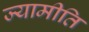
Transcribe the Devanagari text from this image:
ज्यामीति